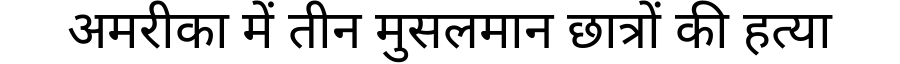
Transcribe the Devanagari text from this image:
अमरीका में तीन मुसलमान छात्रों की हत्या